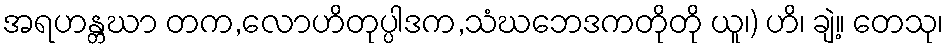
အရဟန္တဃာ တက,လောဟိတုပ္ပါဒက,သံဃဘေဒကတိုတို ယူ၊) ဟိ၊ ချဲ့။ တေသု၊